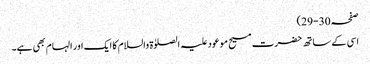
صفحہ 30-29)
اسی کے ساتھ حضرت مسیح موعود علیہ الصلوٰۃ والسلام کا ایک اور الہام بھی ہے۔